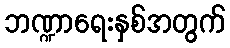
ဘဏ္ဍာရေးနှစ်အတွက်